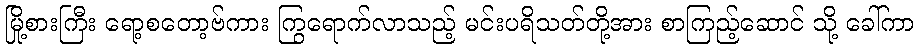
မြို့စားကြီး ရော့စတော့ဗ်ကား ကြွရောက်လာသည့် မင်းပရိသတ်တို့အား စာကြည့်ဆောင် သို့ ခေါ်ကာ